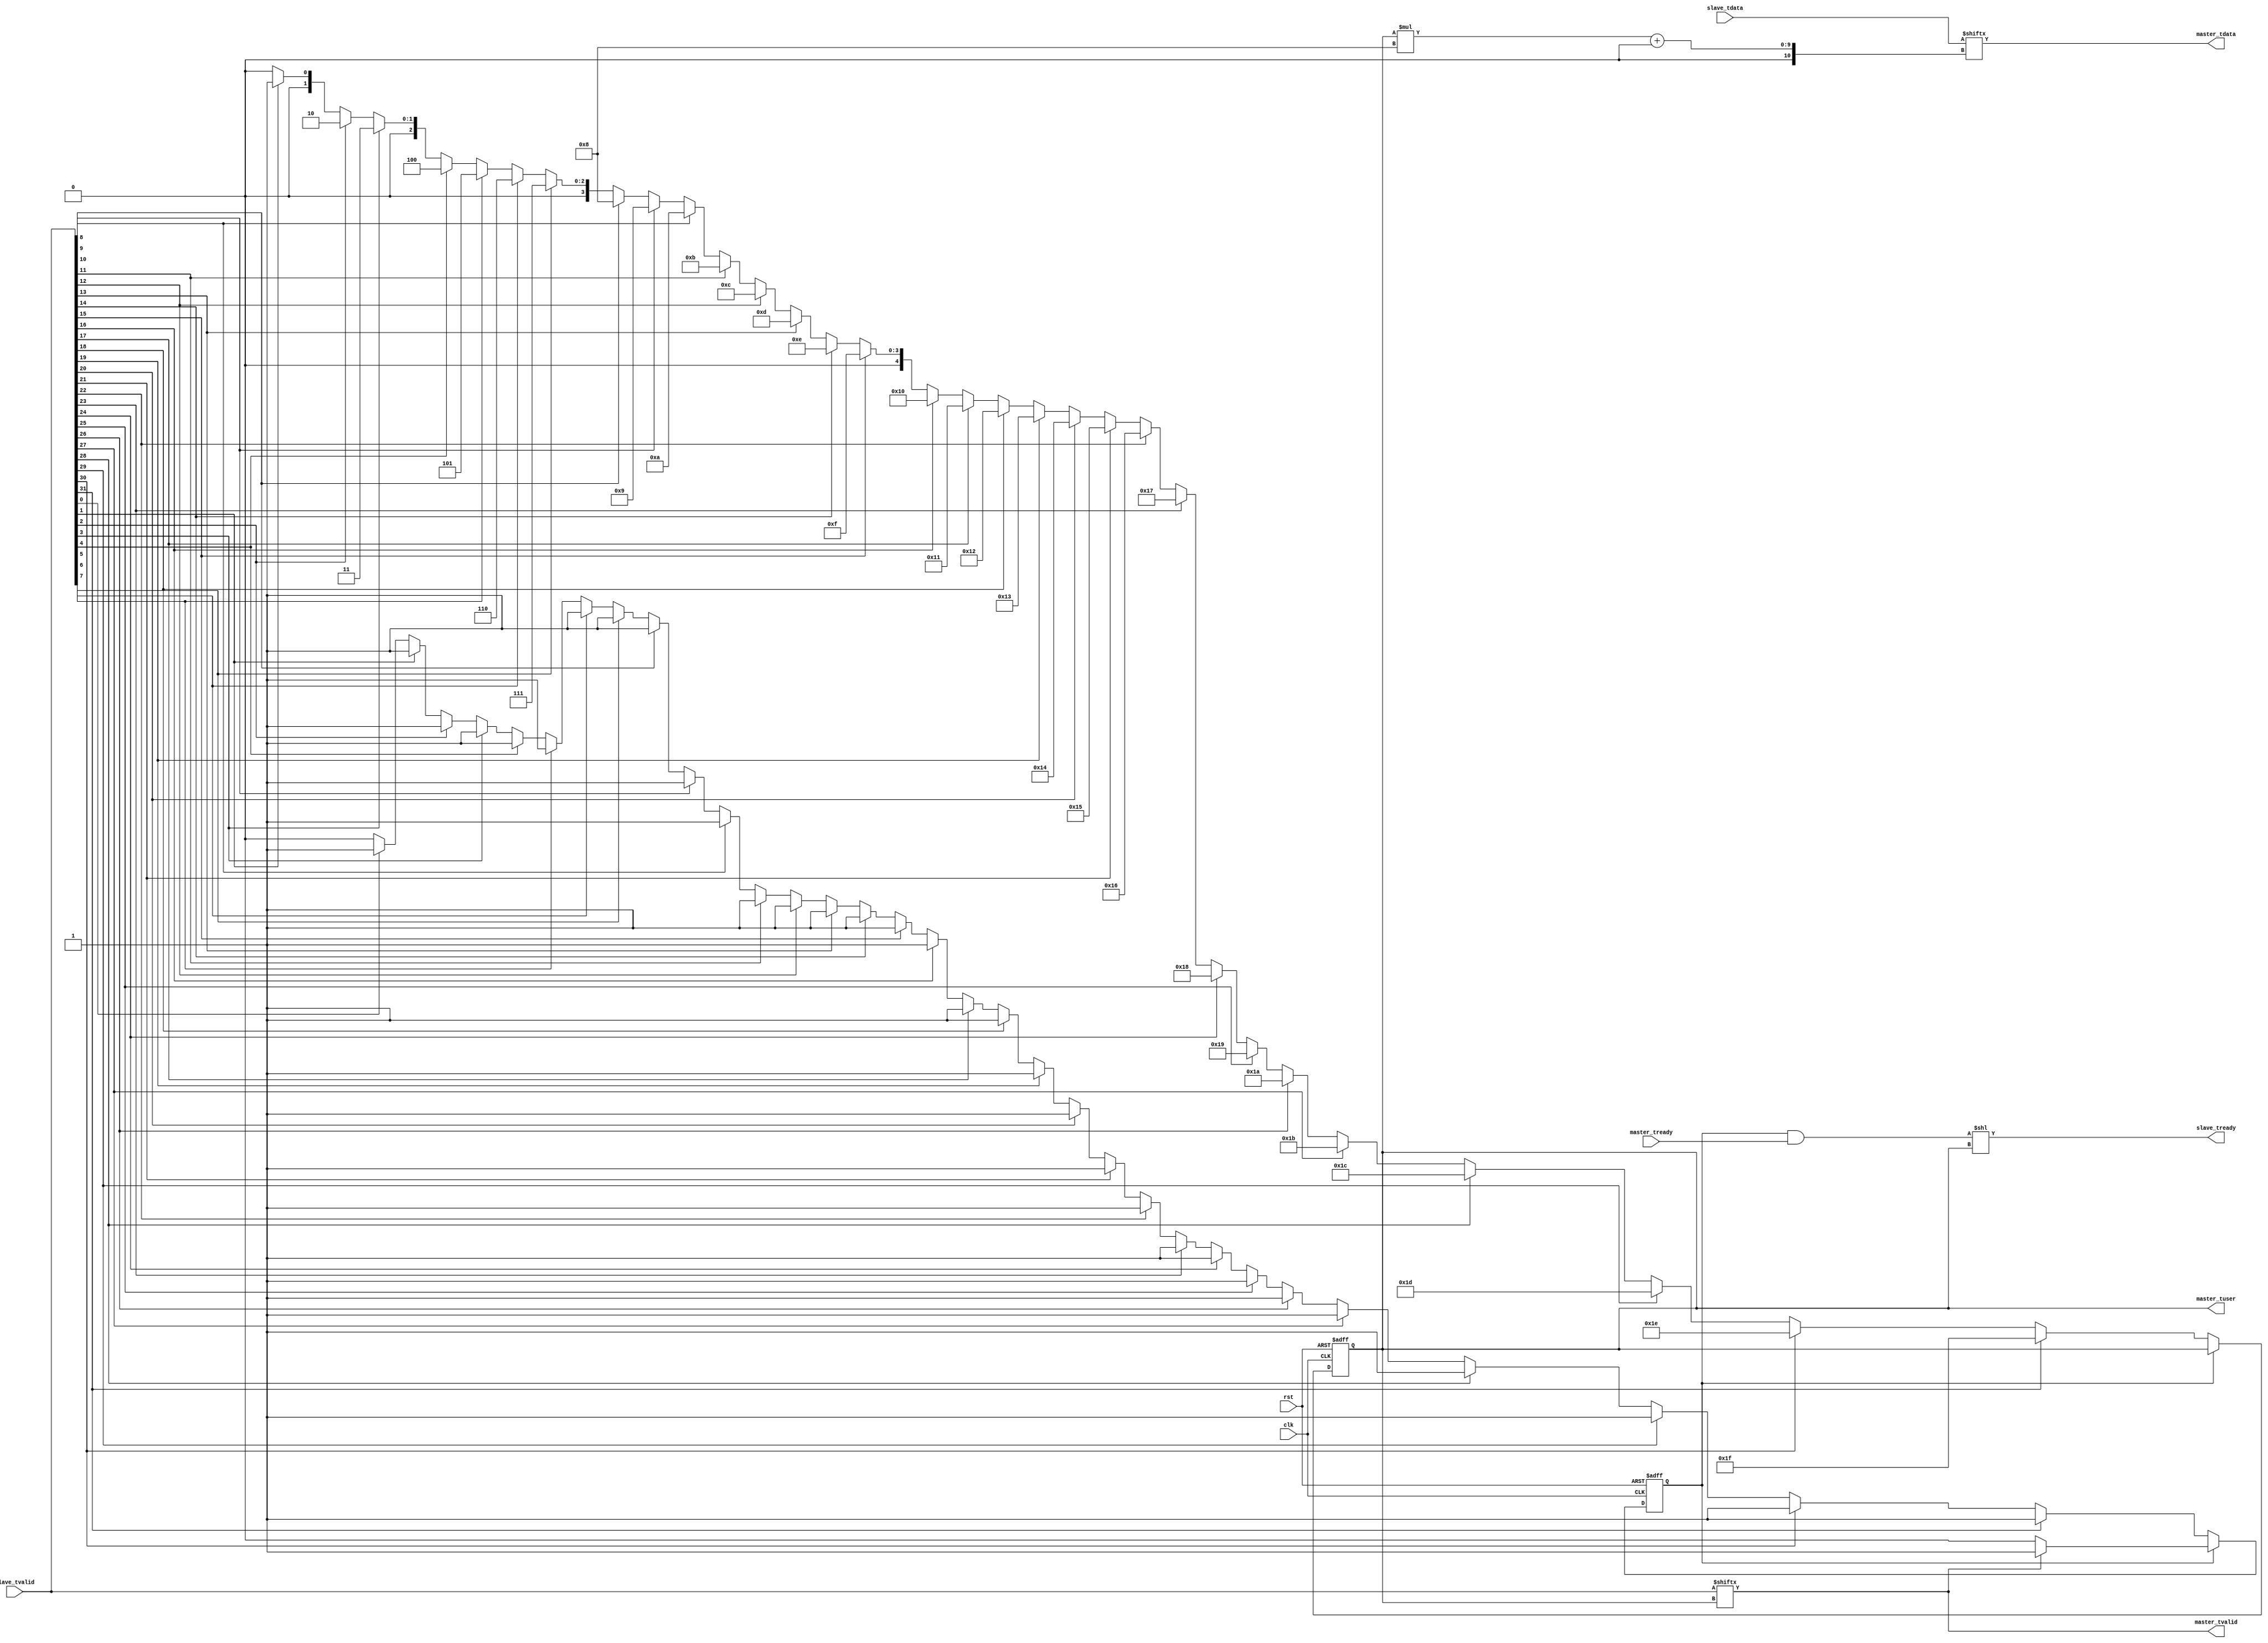
`timescale 1 ns/ 1 ps

module AxisConcentrator#(
        parameter integer DATA_WIDTH = 8,
        parameter integer CHANNEL_NUM = 32
    )
    (
        input clk,
        input rst,

        input [(DATA_WIDTH * CHANNEL_NUM)-1:0] slave_tdata,
        input [CHANNEL_NUM-1:0] slave_tvalid,
        output [CHANNEL_NUM-1:0] slave_tready,
        // input [CHANNEL_NUM-1:0] slave_tlast,

        output [DATA_WIDTH-1:0] master_tdata,
        output [$clog2(CHANNEL_NUM)-1:0] master_tuser,
        output master_tvalid,
        // output master_tlast,
        input master_tready
    );

    integer i;

    reg [$clog2(CHANNEL_NUM)-1:0] index;
    reg ready;

    assign master_tdata = slave_tdata[index * DATA_WIDTH +: DATA_WIDTH];
    assign master_tuser = index;
    assign master_tvalid = slave_tvalid[index];
    // assign master_tlast = slave_tlast[index];

    assign slave_tready = (ready & master_tready) << index;


    always @(posedge clk or posedge rst) begin
        if (rst) begin
            ready <= 0;
            index <= 0;
        end
        else begin
            if (ready == 0) begin
                ready <= 0;
                index <= 0;
                for (i = 0; i < CHANNEL_NUM; i = i + 1) begin
                    if (slave_tvalid[i]) begin
                        index <= i;
                        ready <= 1;
                    end
                end
            end
            else begin
                if (!slave_tvalid[index])
                    ready <= 0;
            end
        end
    end

endmodule